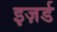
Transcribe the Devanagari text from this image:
इज़र्ड